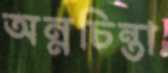
অন্নচিন্তা